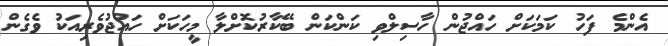
އެންމެ ފަހު ކަމަކަށް ހައްޖުން ހާސިލްވި ކަންކަން ބޭކާރުކޮށްލާ މީހަކަށް ހައްޖުވެރިއަކު ވެގެން